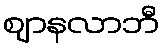
ဈာနလာဘီ